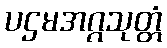
ပဌမအဂ္ဂသုတ္တံ